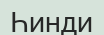
Һинди